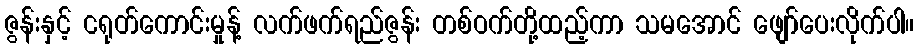
ဇွန်းနှင့် ငရုတ်ကောင်းမှုန့် လက်ဖက်ရည်ဇွန်း တစ်ဝက်တို့ထည့်ကာ သမအောင် ဖျော်ပေးလိုက်ပါ။